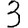
Digit: 3